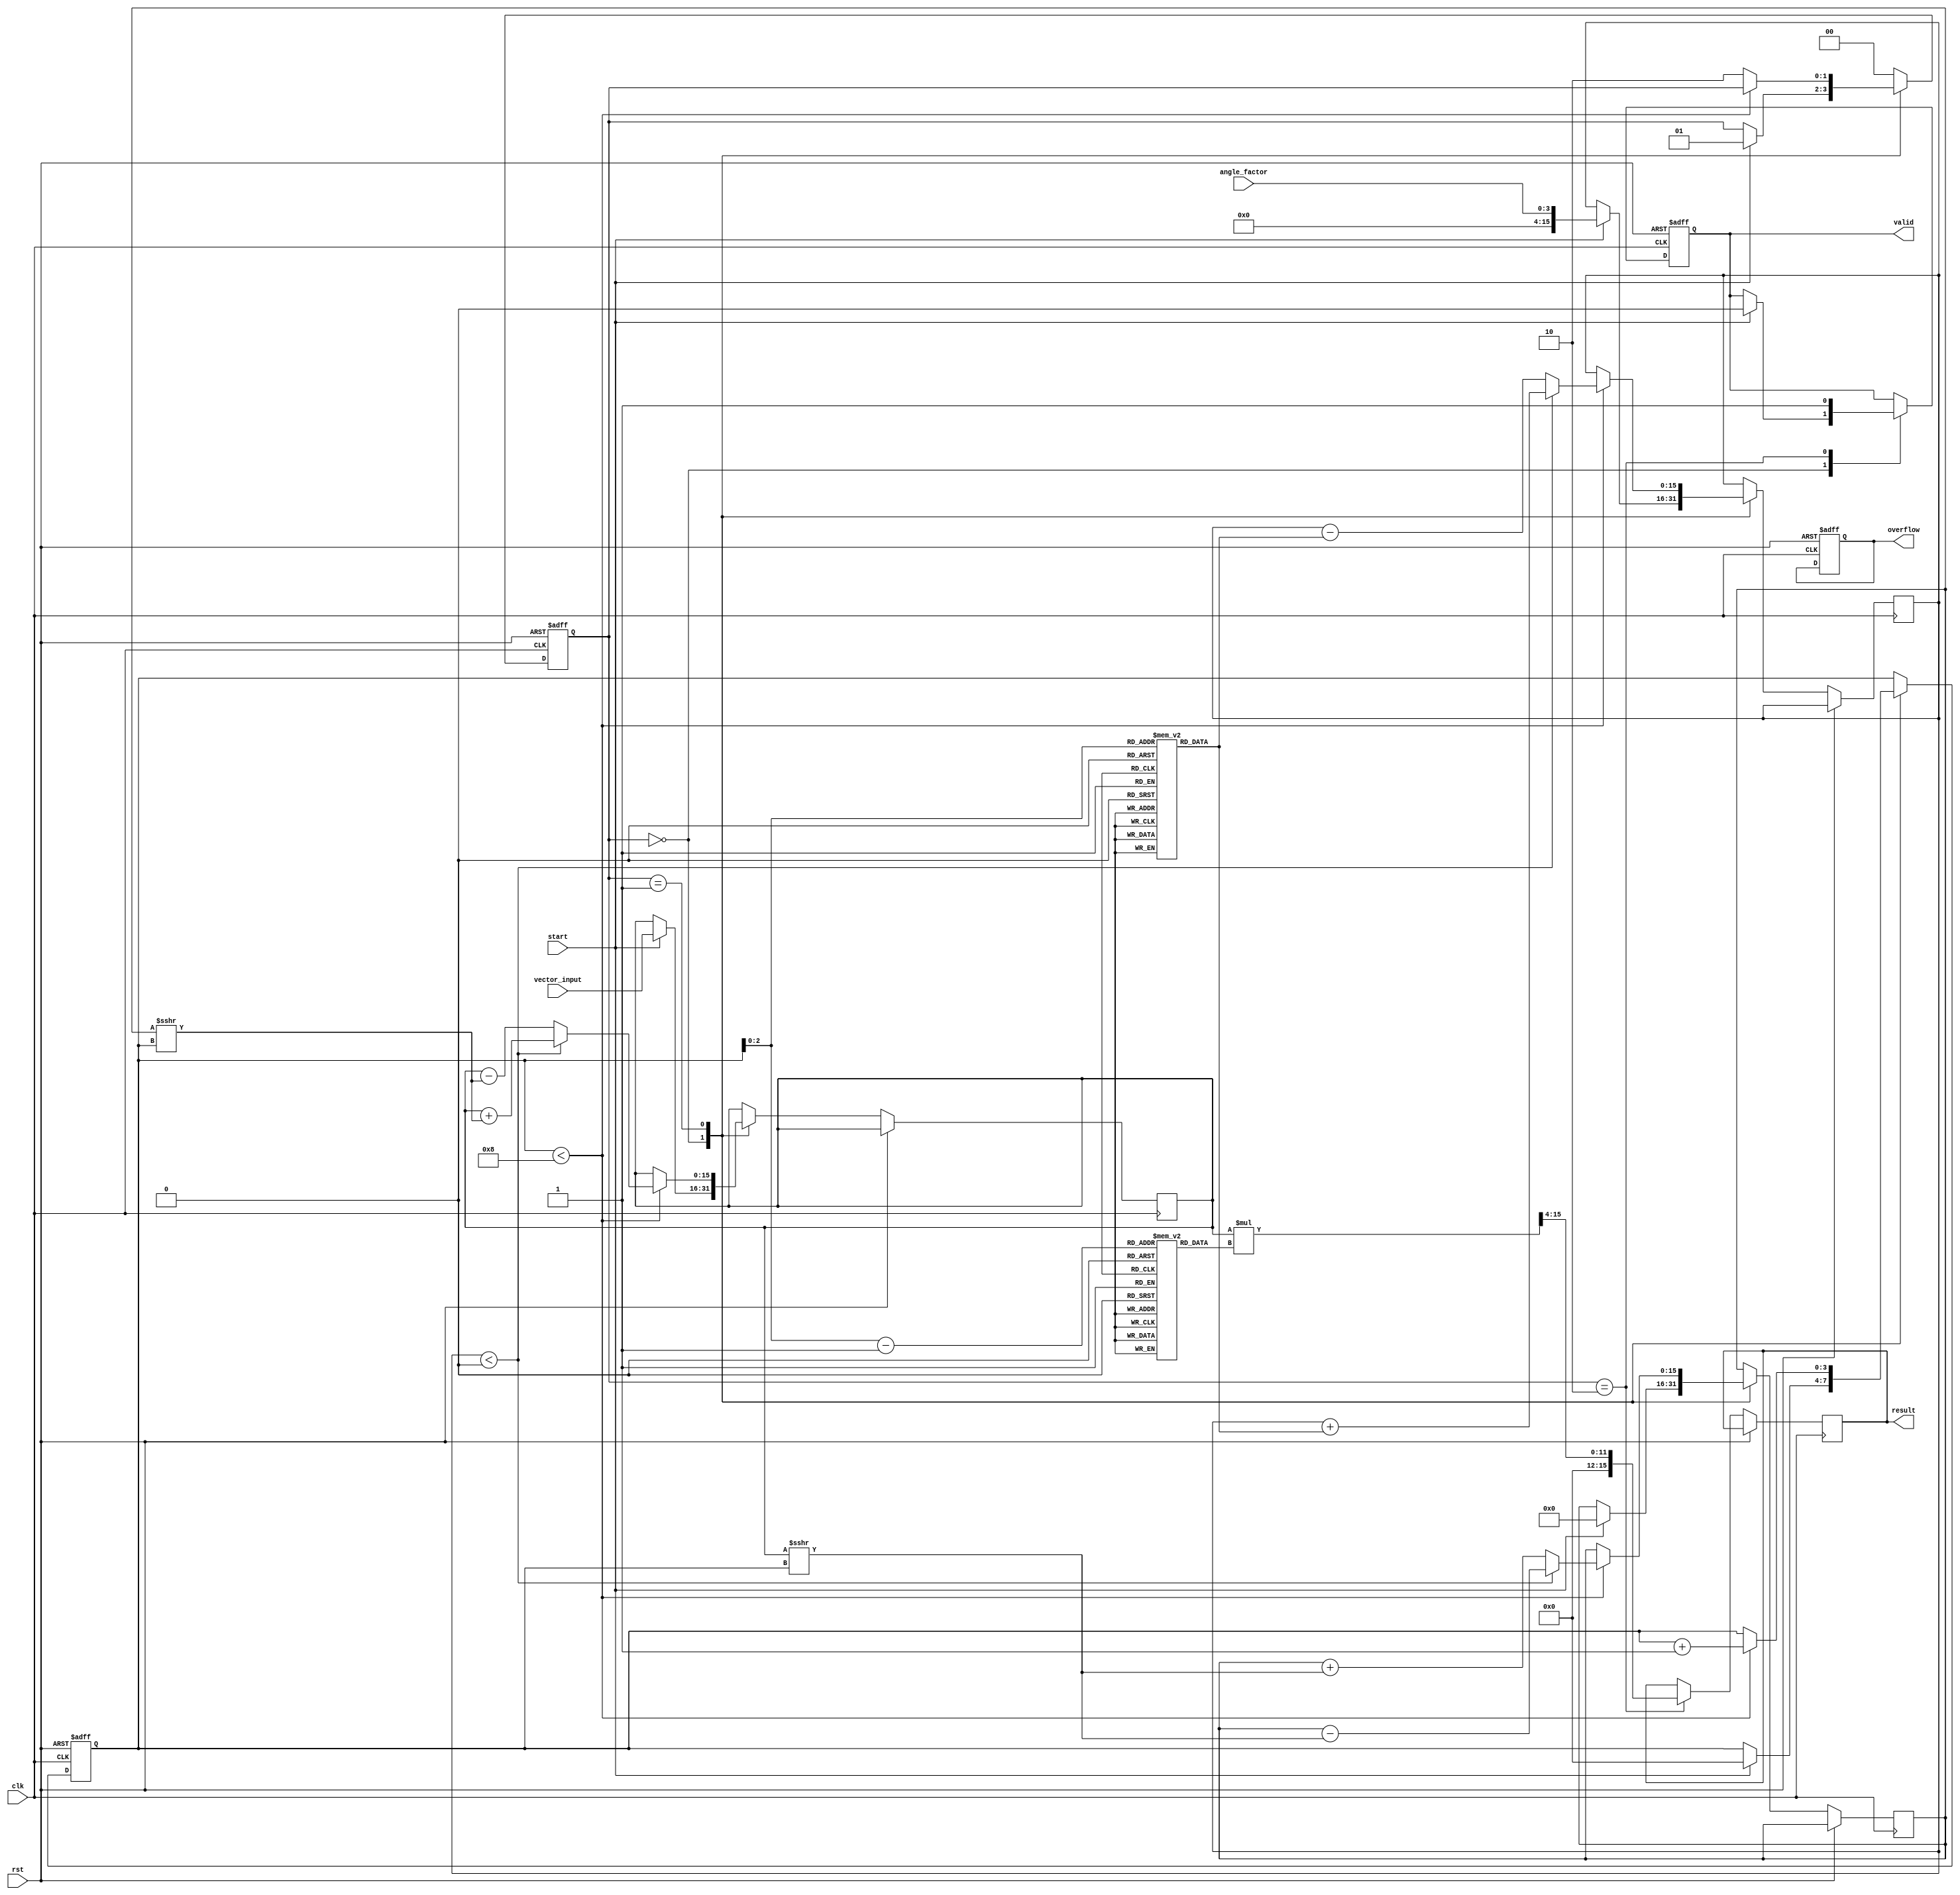
module cordic_arithmetic_block #(
    parameter DATA_WIDTH = 16,
    parameter ITERATIONS = 8
)(
    input wire clk,
    input wire rst,
    input wire start,
    input wire [DATA_WIDTH-1:0] vector_input, // Input value for polynomial evaluation
    input wire [3:0] angle_factor, // Configuration parameter for angle
    output reg [DATA_WIDTH-1:0] result, 
    output reg valid,
    output reg overflow
);

// CORDIC constants (for example)
reg [DATA_WIDTH-1:0] atan_table [0:ITERATIONS-1];
reg [DATA_WIDTH-1:0] K_table [0:ITERATIONS-1];

// Internal registers
reg [DATA_WIDTH-1:0] x, y, z; // x, y for rotation; z for angle
reg [3:0] iteration_count;
reg [1:0] state; // 2-bit state for FSM

localparam IDLE    = 2'b00;
localparam RUN     = 2'b01;
localparam DONE    = 2'b10;

initial begin
    // Initialize atan_table and K_table with fixed values
    atan_table[0] = 16'h3243; // atan(1/2^0)
    atan_table[1] = 16'h1DAC; // atan(1/2^1)
    atan_table[2] = 16'h0FB8; // atan(1/2^2)
    // ... Initialize other values
    
    K_table[0] = 16'h26DD; // Scaling factors
    K_table[1] = 16'h1C46; // K_1
    // ... Initialize other values

    valid = 0;
    overflow = 0;
end

// FSM for CORDIC algorithm
always @(posedge clk or posedge rst) begin
    if (rst) begin
        state <= IDLE;
        iteration_count <= 0;
        valid <= 0;
        overflow <= 0;
    end else begin
        case (state)
            IDLE: begin
                if (start) begin
                    // Initialize registers
                    x <= vector_input; // Input to evaluate
                    y <= 0;            // Start with 0 for y
                    z <= angle_factor; // Starting angle
                    iteration_count <= 0;
                    state <= RUN;
                    valid <= 0;
                end
            end
            
            RUN: begin
                if (iteration_count < ITERATIONS) begin
                    // Perform CORDIC rotation
                    if (z < 0) begin
                        // Rotation in a clockwise direction
                        x <= x + (y >>> iteration_count);
                        y <= y - (x >>> iteration_count);
                        z <= z + atan_table[iteration_count];
                    end else begin
                        // Rotation in a counter-clockwise direction
                        x <= x - (y >>> iteration_count);
                        y <= y + (x >>> iteration_count);
                        z <= z - atan_table[iteration_count];
                    end
                    iteration_count <= iteration_count + 1;
                end else begin
                    state <= DONE;
                end
            end
            
            DONE: begin
                result <= (x * K_table[iteration_count - 1]) >>> 4; // Apply scaling
                valid <= 1;
                state <= IDLE; // Go back to IDLE
            end
            
            default: state <= IDLE;
        endcase
    end
end

endmodule